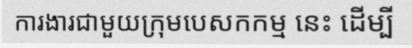
ការងារជាមួយក្រុមបេសកកម្ម នេះ ដើម្បី